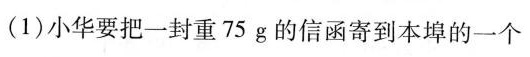
(1)小华要把一封重75g的信函寄到本埠的一个